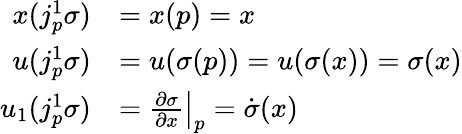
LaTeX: {\begin{array}{rl}{x(j_{p}^{1}\sigma)}&{=x(p)=x}\\ {u(j_{p}^{1}\sigma)}&{=u(\sigma(p))=u(\sigma(x))=\sigma(x)}\\ {u_{1}(j_{p}^{1}\sigma)}&{=\left.{\frac{\partial\sigma}{\partial x}}\right|_{p}={\dot{\sigma}}(x)}\end{array}}